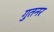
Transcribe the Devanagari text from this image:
गुतनर